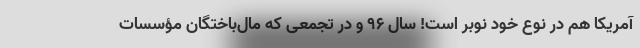
آمریکا هم در نوع خود نوبر است! سال 96 و در تجمعی که مال‌باختگان مؤسسات